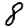
Digit: 8